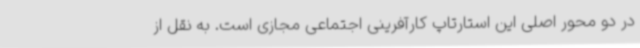
در دو محور اصلی این استارتاپ کارآفرینی اجتماعی مجازی است. به نقل از